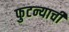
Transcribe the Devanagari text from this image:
फुटन्याची